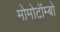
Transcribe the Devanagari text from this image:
मोमोटॉम्बो